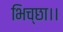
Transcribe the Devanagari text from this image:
भिच्‍छा।।